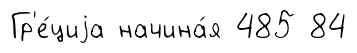
Гр'е́циjа начина́я 485 84